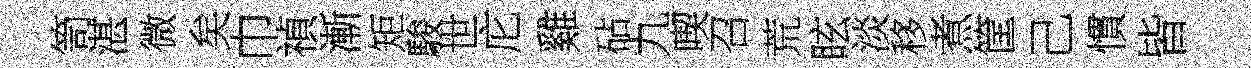
笥湛微矣巾禎漸矩駿世庀雞砧九喫召荒眩淡移煮筐己慣皆